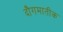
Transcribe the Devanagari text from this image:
दौगमातीक